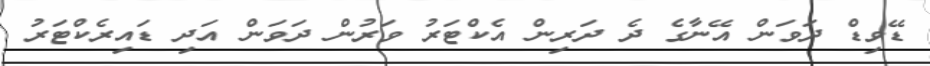
ޑޭވިޑް ދަވަން އޭނާގެ ދެ ދަރިން އެކްޓަރު ވަރުން ދަވަން އަދި ޑައިރެކްޓަރު